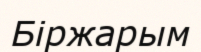
Біржарым